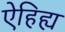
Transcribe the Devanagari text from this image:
ऐहिह्य